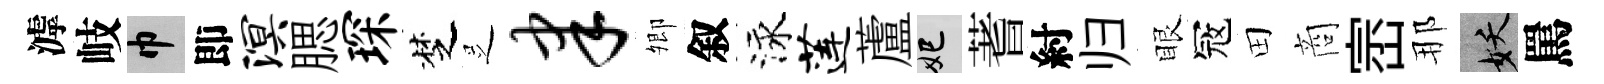
滹岐巾即溟腮琛椘𠯁聿𡖖叙泳莲蘆妃蓍紂归眼冦田商崈那妖罵